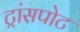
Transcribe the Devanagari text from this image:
ट्रांसपोट